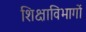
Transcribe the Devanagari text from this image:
शिक्षाविभागों